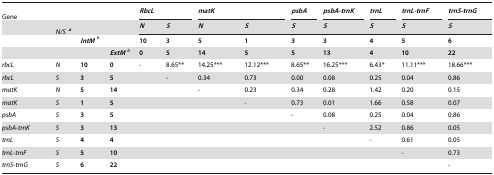
<table><thead><tr><td><b>Gene</b></td><td></td><td></td><td></td><td colspan="2"><b><i>RbcL</i></b></td><td colspan="2"><b><i>matK</i></b></td><td><b><i>psbA</i></b></td><td><b><i>psbA-trnK</i></b></td><td><b><i>trnL</i></b></td><td><b><i>trnL-trnF</i></b></td><td><b><i>trnS-trnG</i></b></td></tr><tr><td></td><td><b><i>N/S</i>a</b></td><td></td><td></td><td><b><i>N</i></b></td><td><b><i>S</i></b></td><td><b><i>N</i></b></td><td><b><i>S</i></b></td><td><b><i>S</i></b></td><td><b><i>S</i></b></td><td><b><i>S</i></b></td><td><b><i>S</i></b></td><td><b><i>S</i></b></td></tr></thead><tbody><tr><td></td><td></td><td><b><i>IntM</i></b>b</td><td></td><td><b>10</b></td><td><b>3</b></td><td><b>5</b></td><td><b>1</b></td><td><b>3</b></td><td><b>3</b></td><td><b>4</b></td><td><b>5</b></td><td><b>6</b></td></tr><tr><td></td><td></td><td></td><td><b><i>ExtM</i></b>b</td><td><b>0</b></td><td><b>5</b></td><td><b>14</b></td><td><b>5</b></td><td><b>5</b></td><td><b>13</b></td><td><b>4</b></td><td><b>10</b></td><td><b>22</b></td></tr><tr><td><i>rbcL</i></td><td><i>N</i></td><td><b>10</b></td><td><b>0</b></td><td>-</td><td>8.65**</td><td>14.25***</td><td>12.12***</td><td>8.65**</td><td>16.25***</td><td>6.43*</td><td>11.11***</td><td>18.66***</td></tr><tr><td><i>rbcL</i></td><td><i>S</i></td><td><b>3</b></td><td><b>5</b></td><td></td><td>-</td><td>0.34</td><td>0.73</td><td>0.00</td><td>0.08</td><td>0.25</td><td>0.04</td><td>0.86</td></tr><tr><td><i>matK</i></td><td><i>N</i></td><td><b>5</b></td><td><b>14</b></td><td></td><td></td><td>-</td><td>0.23</td><td>0.34</td><td>0.28</td><td>1.42</td><td>0.20</td><td>0.15</td></tr><tr><td><i>matK</i></td><td><i>S</i></td><td><b>1</b></td><td><b>5</b></td><td></td><td></td><td></td><td>-</td><td>0.73</td><td>0.01</td><td>1.66</td><td>0.58</td><td>0.07</td></tr><tr><td><i>psbA</i></td><td><i>S</i></td><td><b>3</b></td><td><b>5</b></td><td></td><td></td><td></td><td></td><td>-</td><td>0.08</td><td>0.25</td><td>0.04</td><td>0.86</td></tr><tr><td><i>psbA-trnK</i></td><td><i>S</i></td><td><b>3</b></td><td><b>13</b></td><td></td><td></td><td></td><td></td><td></td><td>-</td><td>2.52</td><td>0.86</td><td>0.05</td></tr><tr><td><i>trnL</i></td><td><i>S</i></td><td><b>4</b></td><td><b>4</b></td><td></td><td></td><td></td><td></td><td></td><td></td><td>-</td><td>0.61</td><td>0.05</td></tr><tr><td><i>trnL-trnF</i></td><td><i>S</i></td><td><b>5</b></td><td><b>10</b></td><td></td><td></td><td></td><td></td><td></td><td></td><td></td><td>-</td><td>0.73</td></tr><tr><td><i>trnS-trnG</i></td><td><i>S</i></td><td><b>6</b></td><td><b>22</b></td><td></td><td></td><td></td><td></td><td></td><td></td><td></td><td></td><td>-</td></tr></tbody></table>